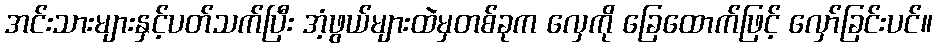
အင်းသားများနှင့်ပတ်သက်ပြီး အံ့ဖွယ်များထဲမှတစ်ခုက လှေကို ခြေထောက်ဖြင့် လှော်ခြင်းပင်။